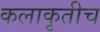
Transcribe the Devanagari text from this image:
कलाकृतीच